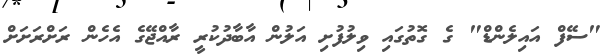
"ސޭފް އައިލެންޑް" ގެ ގޮތުގައި ވިލުފުށި އަލުން އާބާދުކުރީ ރާއްޖޭގެ އެހެން ރަށްރަށަށް